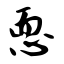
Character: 恧